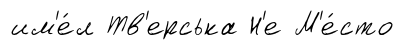
им'е́л Тв'ерська Н'е М'е́сто